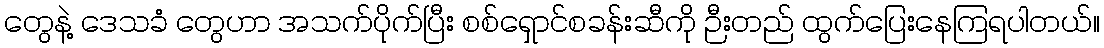
တွေနဲ့ ဒေသခံ တွေဟာ အသက်ပိုက်ပြီး စစ်ရှောင်စခန်းဆီကို ဉီးတည် ထွက်ပြေးနေကြရပါတယ်။